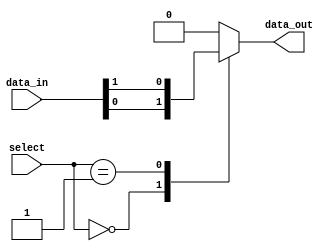
module mux64to1 (
  input [63:0] data_in,
  input [5:0] select,
  output reg data_out
);

always @*
begin
  case(select)
    6'b000000: data_out = data_in[0];
    6'b000001: data_out = data_in[1];
    // Add cases for all 64 input data lines
    // Example case:
    // 6'b111111: data_out = data_in[63];
    default: data_out = 0; // default case when select lines do not match any case
  endcase
end

endmodule